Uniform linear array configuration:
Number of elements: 48
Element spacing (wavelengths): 0.25
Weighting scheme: hann
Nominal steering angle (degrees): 60
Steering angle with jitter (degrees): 61.364
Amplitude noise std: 0.05
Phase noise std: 0.05

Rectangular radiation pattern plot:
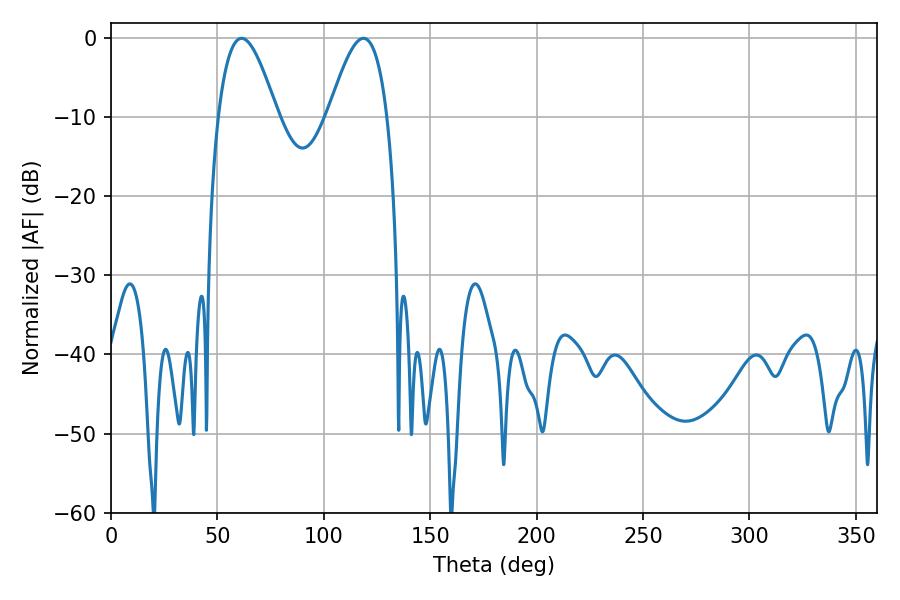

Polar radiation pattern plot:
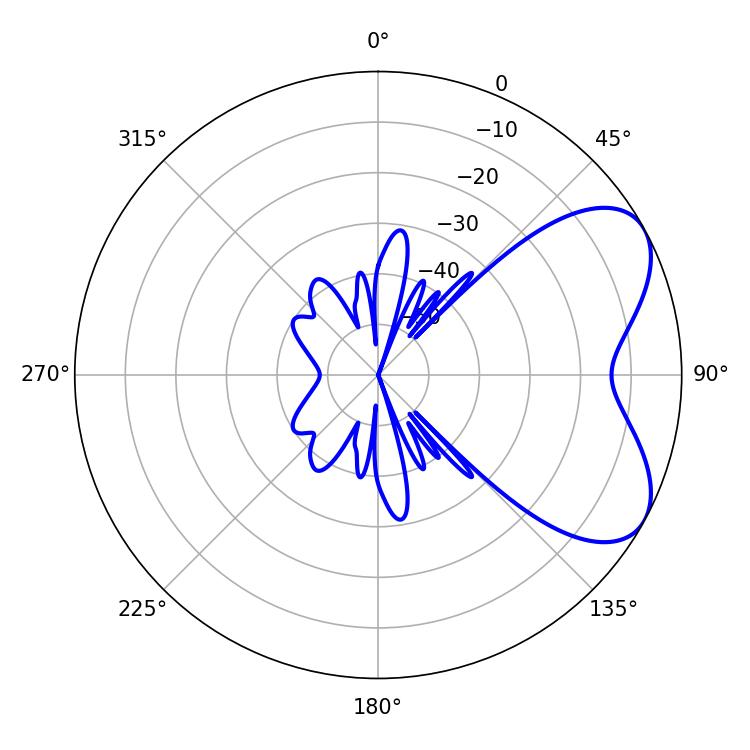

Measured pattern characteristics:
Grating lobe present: FALSE
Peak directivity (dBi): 5.863
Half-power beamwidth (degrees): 15.12
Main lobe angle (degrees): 61.38